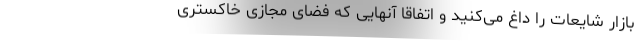
بازار شایعات را داغ می‌کنید و اتفاقا آنهایی که فضای مجازی خاکستری